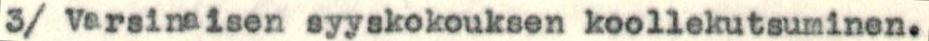
3/ Varsinaisen syyskokouksen koollekutsuminen.